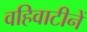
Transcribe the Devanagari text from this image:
वहिवाटीनें